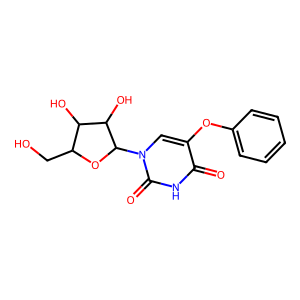
SMILES: O=c1[nH]c(=O)n(C2OC(CO)C(O)C2O)cc1Oc1ccccc1
Inhibits HIV replication: No